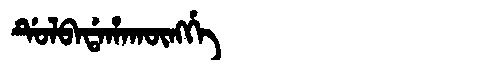
Manchu: ᡩᡠᠯᠪᠠᡩᠠᡥᠠᡴᡡᠩᡤᡝ
Romanization: DULBADAHAKŪNGGE